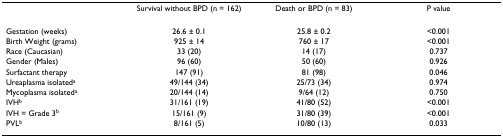
<table><thead><tr><td>[EMPTY_CELL]</td><td><b>Survival without BPD (n = 162)</b></td><td><b>Death or BPD (n = 83)</b></td><td><b>P value</b></td></tr></thead><tbody><tr><td>Gestation (weeks)</td><td>26.6 ± 0.1</td><td>25.8 ± 0.2</td><td>&lt;0.001</td></tr><tr><td>Birth Weight (grams)</td><td>925 ± 14</td><td>760 ± 17</td><td>&lt;0.001</td></tr><tr><td>Race (Caucasian)</td><td>33 (20)</td><td>14 (17)</td><td>0.737</td></tr><tr><td>Gender (Males)</td><td>96 (60)</td><td>50 (60)</td><td>0.926</td></tr><tr><td>Surfactant therapy</td><td>147 (91)</td><td>81 (98)</td><td>0.046</td></tr><tr><td>Ureaplasma isolated<sup>a</sup></td><td>49/144 (34)</td><td>25/73 (34)</td><td>0.974</td></tr><tr><td>Mycoplasma isolated<sup>a</sup></td><td>20/144 (14)</td><td>9/64 (12)</td><td>0.750</td></tr><tr><td>IVH<sup>b</sup></td><td>31/161 (19)</td><td>41/80 (52)</td><td>&lt;0.001</td></tr><tr><td>IVH = Grade 3<sup>b</sup></td><td>15/161 (9)</td><td>31/80 (39)</td><td>&lt;0.001</td></tr><tr><td>PVL<sup>b</sup></td><td>8/161 (5)</td><td>10/80 (13)</td><td>0.033</td></tr></tbody></table>